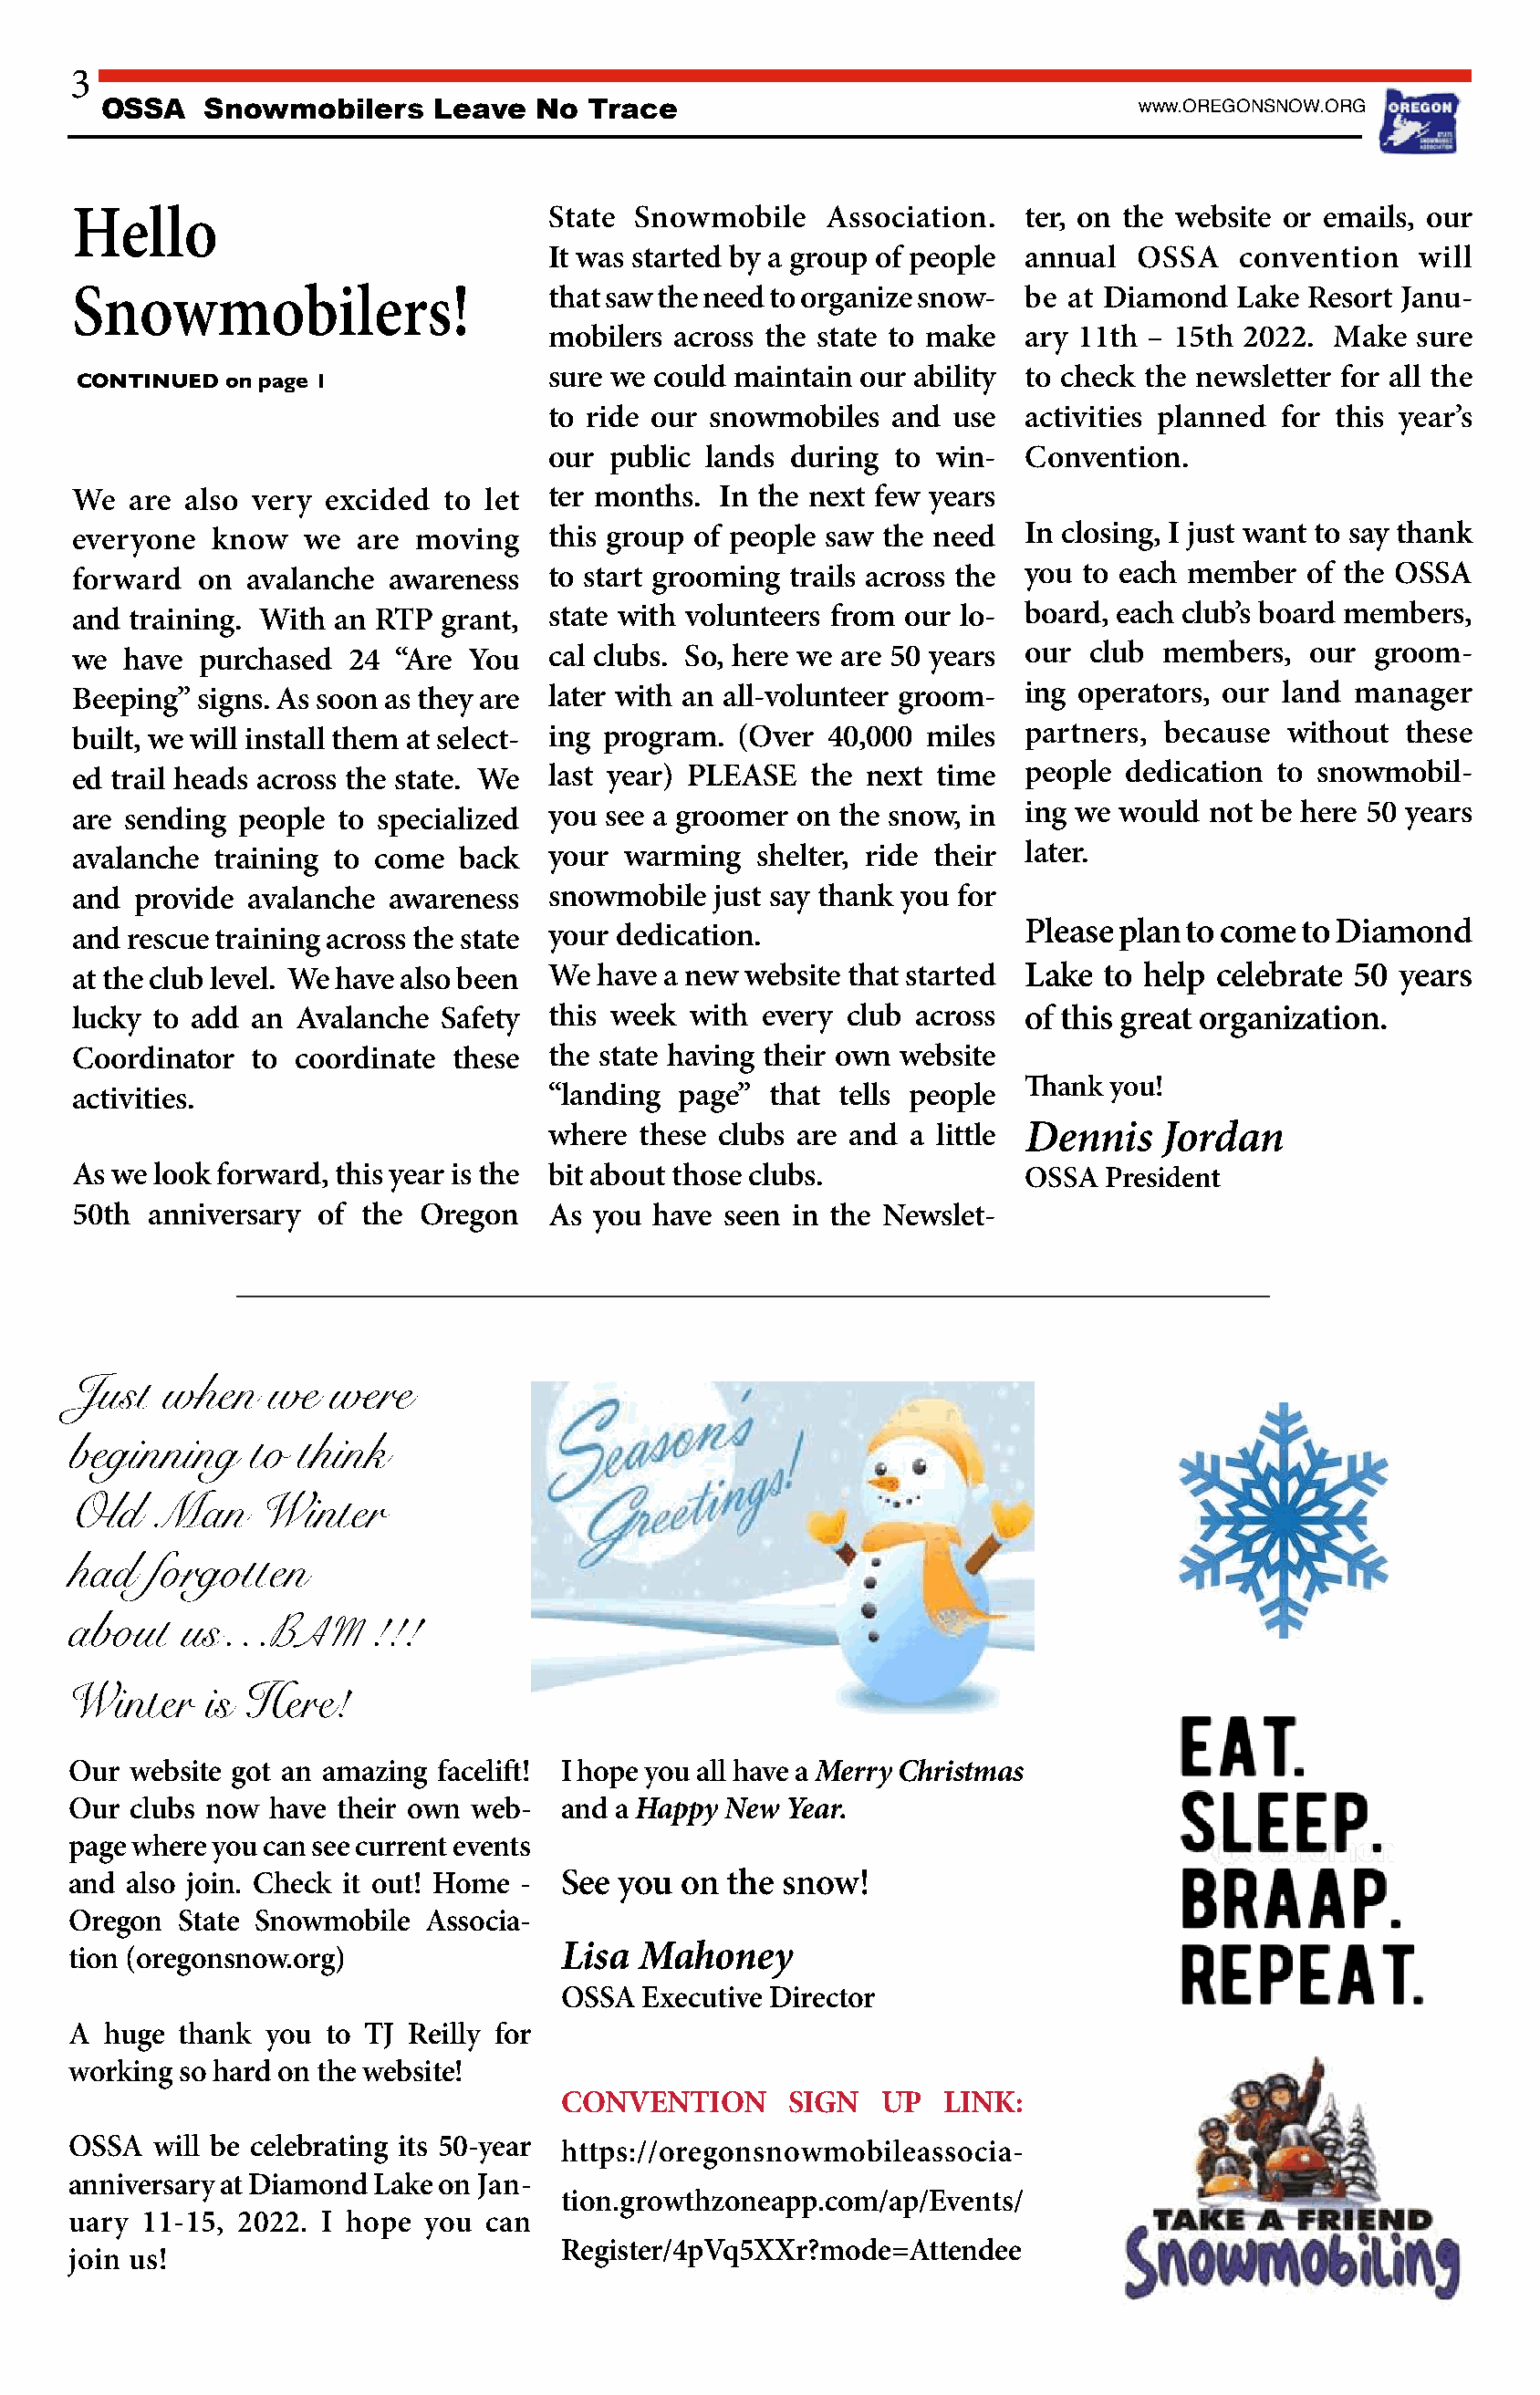
3
 OSSA    Snowmobilers    Leave   No  Trace                                   www.OREGONSNOW.ORG
 Hello                              State Snowmobile    Association.  ter, on the website or emails, our
 It was started by a group of people annual OSSA   convention   will
 Snowmobilers!                      that saw the need to organize snow- be at Diamond Lake Resort Janu-
 mobilers across the state to make ary 11th – 15th 2022.  Make  sure
 sure we could maintain our ability to check the newsletter for all the
 CONTINUED on page 1
 to ride our snowmobiles  and use  activities planned for this year’s
 our public lands during  to win-  Convention.
 We  are also very  excided to let  ter months. In the next few years
 everyone  know   we  are moving    this group of people saw the need In closing, I just want to say thank
 forward  on  avalanche awareness   to start grooming trails across the you to each member of the OSSA
 and training. With an RTP  grant,  state with volunteers from our lo- board, each club’s board members,
 we  have purchased  24  “Are You   cal clubs. So, here we are 50 years our club members,  our  groom-
 Beeping” signs. As soon as they are later with an all-volunteer groom- ing operators, our land manager
 built, we will install them at select- ing program. (Over 40,000 miles partners, because without these
 ed trail heads across the state. We last year) PLEASE the next time  people  dedication to snowmobil-
 are sending people  to specialized you see a groomer on the snow, in ing we would  not be here 50 years
 avalanche  training to come back   your warming   shelter, ride their later.
 and  provide avalanche awareness   snowmobile  just say thank you for
 Please plan to come to Diamond
 and rescue training across the state your dedication.
 at the club level. We have also been We have a new website that started Lake to help celebrate 50 years
 lucky to add an Avalanche  Safety  this week with every club across  of this great organization.
 Coordinator  to coordinate  these  the state having their own website
 Thank  you!
 activities.                        “landing page”  that tells people
 where these clubs are and a little Dennis   Jordan
 As we look forward, this year is the bit about those clubs.          OSSA  President
 50th  anniversary of the Oregon    As you have seen in the Newslet-
 Just   when   we   were
 beginning    to  think
 Old   Man     Winter
 had   forgotten
 BAM
 about   us…           !!!
 W   i n t e r i s H e r e !
 Our website got an amazing facelift! I hope you all have a Merry Christmas
 Our clubs now  have their own web-  and a Happy New Year.
 page where you can see current events
 and also join. Check it out! Home - See you on  the snow!
 Oregon  State Snowmobile  Associa-
 Lisa Mahoney
 tion (oregonsnow.org)
 OSSA  Executive Director
 A  huge thank you  to TJ Reilly for
 working so hard on the website!
 CONVENTION      SIGN   UP  LINK:
 OSSA  will be celebrating its 50-year https://oregonsnowmobileassocia-
 anniversary at Diamond Lake on Jan-
 tion.growthzoneapp.com/ap/Events/
 uary 11-15, 2022. I hope  you can
 Register/4pVq5XXr?mode=Attendee
 join us!